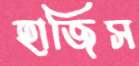
হাজিস